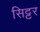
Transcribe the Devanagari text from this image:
सिट्टर